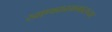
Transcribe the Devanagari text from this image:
खाणकामगाराच्या